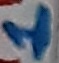
Text: 1